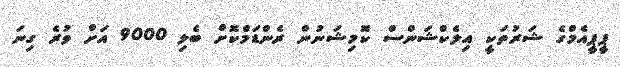
ޕީޕީއެމްގެ ޝަރުތަކީ އިލެކްޝަންސް ކޮމިޝަނުން ރެންޑަމްކޮށް ބެލި 9000 އަށް ވުރެ ގިނަ